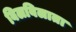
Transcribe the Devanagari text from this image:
बिलबिलाता